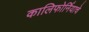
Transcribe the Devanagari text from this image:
कालिफोर्नियाचे